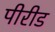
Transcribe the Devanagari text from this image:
पीरीड